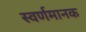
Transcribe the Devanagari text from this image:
स्वर्णमानक